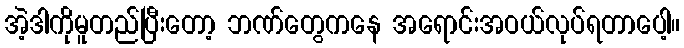
အဲ့ဒါကိုမူတည်ပြီးတော့ ဘဏ်တွေကနေ အရောင်းအဝယ်လုပ်ရတာပေါ့။